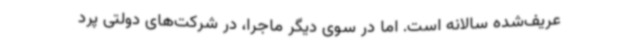
عریف‌شده سالانه است. اما در سوی دیگر ماجرا، در شرکت‌های دولتی پرد